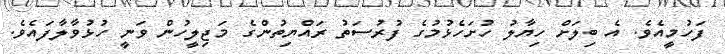
ފަހުމީއެވެ. އެ ބިލަށް ހިޔާލު ހުށަހެޅުމުގެ ފުރުސަތު ރައްޔިތުންގެ މަޖިލީހުން ވަނީ ހުޅުވާލާފައެވެ.